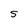
Character: S